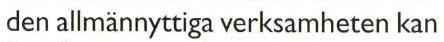
den allmännyttiga verksamheten kan